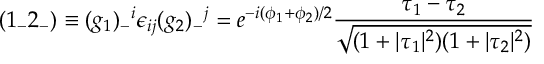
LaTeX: ( { 1 _ { - } 2 _ { - } } ) \equiv ( g _ { 1 } ) _ { - } { } ^ { i } \epsilon _ { i j } ( g _ { 2 } ) _ { - } { } ^ { j } = e ^ { - i { ( \phi _ { 1 } + \phi _ { 2 } ) / 2 } } \frac { \tau _ { 1 } - \tau _ { 2 } } { \sqrt { ( 1 + | \tau _ { 1 } | ^ { 2 } ) ( 1 + | \tau _ { 2 } | ^ { 2 } ) } }